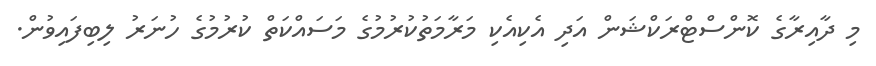
މި ދާއިރާގެ ކޮންސްޓްރަކްޝަން އަދި އެކިއެކި މަރާމަތުކުރުމުގެ މަސައްކަތް ކުރުމުގެ ހުނަރު ލިބިފައިވުން.